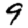
Digit: 9